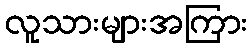
လူသားများအကြား